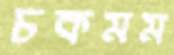
চকমম